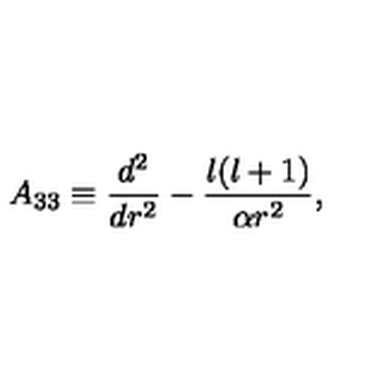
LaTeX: A _ { 3 3 } \equiv { \frac { d ^ { 2 } } { d r ^ { 2 } } } - { \frac { l ( l + 1 ) } { \alpha r ^ { 2 } } } ,